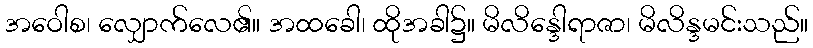
အဝေါစ၊ လျှောက်လေ၏။ အထခေါ၊ ထိုအခါ၌။ မိလိန္ဒေါရာဇာ၊ မိလိန္ဒမင်းသည်။